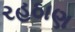
રહઠાણ